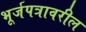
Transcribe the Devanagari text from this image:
भूर्जपत्रावरील